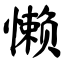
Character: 懒